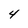
Character: 4